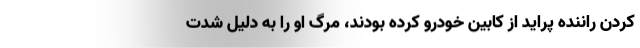
کردن راننده پراید از کابین خودرو کرده بودند، مرگ او را به دلیل شدت